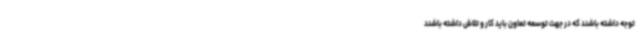
توجه داشته باشند که در جهت توسعه تعاون باید کار و تلاش داشته باشند